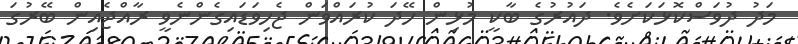
މަދު ދުވަސްކޮޅަކަށެވެ. ދައުރުގެ ބާކީ މުޅިން ހޭދަ ކުރައްވަން ޖެހިވަޑައިގެންނެވީ ރާއްޖެއިން ބޭރުގަ